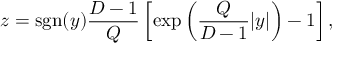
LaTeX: z = \mathrm { s g n } ( y ) { \frac { D - 1 } { Q } } \left[ \exp \left( { \frac { Q } { D - 1 } } | y | \right) - 1 \right] ,